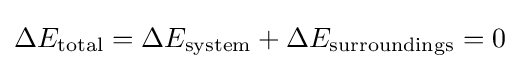
\Delta E_{\text{total}}=\Delta E_{\text{system}}+\Delta E_{\text{surroundings}}=0